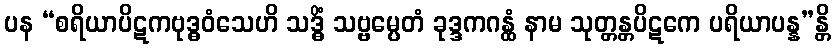
ပန “စရိယာပိဋကဗုဒ္ဓဝံသေဟိ သဒ္ဓိံ သဗ္ဗမ္ပေတံ ခုဒ္ဒကဂန္ထံ နာမ သုတ္တန္တပိဋကေ ပရိယာပန္န”န္တိ